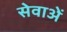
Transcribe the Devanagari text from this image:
सेवाअें